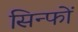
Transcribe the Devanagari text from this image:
सिन्फों